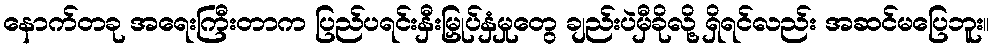
နောက်တခု အရေးကြီးတာက ပြည်ပရင်းနှီးမြှုပ်နှံမှုတွေ ချည်းပဲမှီခိုလို့ ရှိရင်လည်း အဆင်မပြေဘူး။